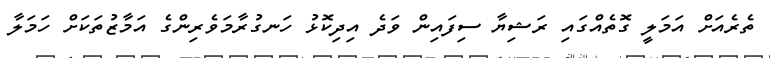
ތެރެއަށް އަމަލީ ގޮތެއްގައި ރަޝިޔާ ސިފައިން ވަދެ އިދިކޮޅު ހަނގުރާމަވެރިންގެ އަމާޒުތަކަށް ހަމަލާ